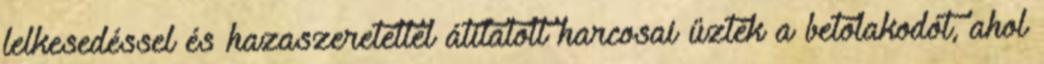
lelkesedéssel és hazaszeretettel átitatott harcosai űzték a betolakodót, ahol